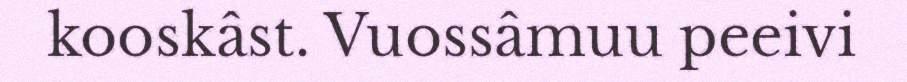
kooskâst. Vuossâmuu peeivi